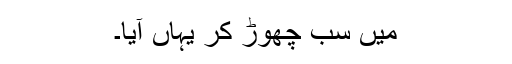
میں سب چھوڑ کر یہاں آیا۔